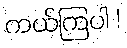
ကယ်ကြပါ !